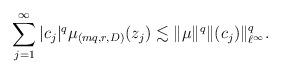
LaTeX: \begin{align*} \sum_{j=1}^\infty |c_j|^q \mu_{(mq, r, D)}(z_j) \lesssim\|\mu\|^q\|(c_j)\|_{\ell^\infty}^q.\end{align*}